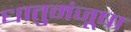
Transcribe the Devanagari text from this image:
धातुमंजूषा